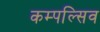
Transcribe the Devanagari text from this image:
कम्पल्सिव